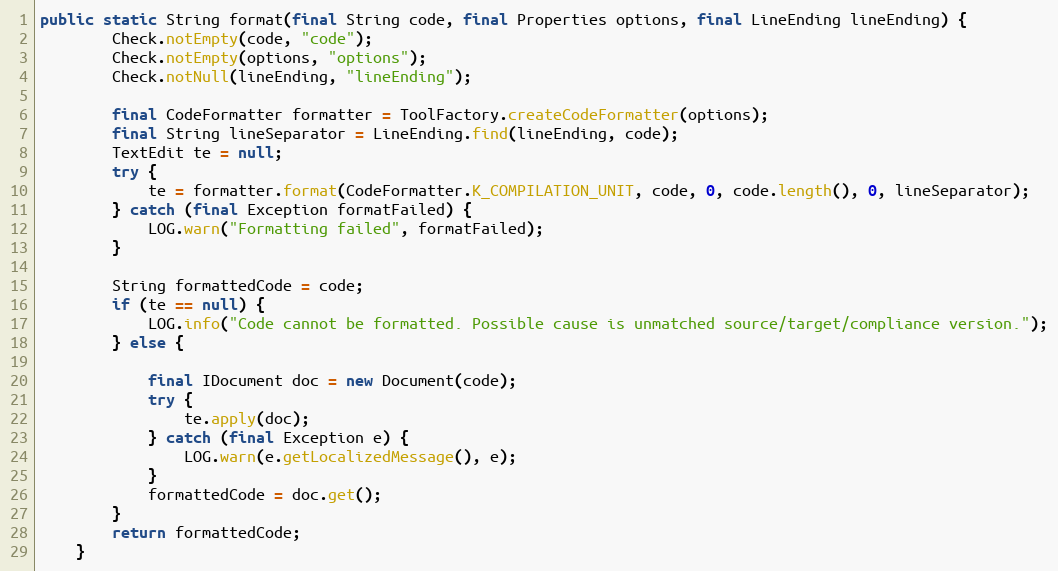
Language: Java
public static String format(final String code, final Properties options, final LineEnding lineEnding) {
		Check.notEmpty(code, "code");
		Check.notEmpty(options, "options");
		Check.notNull(lineEnding, "lineEnding");

		final CodeFormatter formatter = ToolFactory.createCodeFormatter(options);
		final String lineSeparator = LineEnding.find(lineEnding, code);
		TextEdit te = null;
		try {
			te = formatter.format(CodeFormatter.K_COMPILATION_UNIT, code, 0, code.length(), 0, lineSeparator);
		} catch (final Exception formatFailed) {
			LOG.warn("Formatting failed", formatFailed);
		}

		String formattedCode = code;
		if (te == null) {
			LOG.info("Code cannot be formatted. Possible cause is unmatched source/target/compliance version.");
		} else {

			final IDocument doc = new Document(code);
			try {
				te.apply(doc);
			} catch (final Exception e) {
				LOG.warn(e.getLocalizedMessage(), e);
			}
			formattedCode = doc.get();
		}
		return formattedCode;
	}